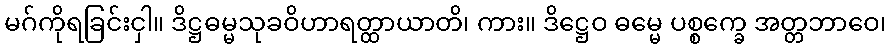
မဂ်ကိုရခြင်းငှါ။ ဒိဋ္ဌဓမ္မသုခဝိဟာရတ္ထာယာတိ၊ ကား။ ဒိဋ္ဌေဝ ဓမ္မေ ပစ္စက္ခေ အတ္တဘာဝေ၊